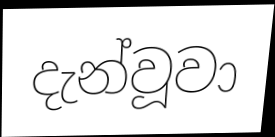
දැන්වූවා